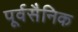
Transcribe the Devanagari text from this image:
पूर्वसैनिक